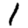
Digit: 1